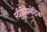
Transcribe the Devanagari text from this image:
स्टीडियामेट्रिक